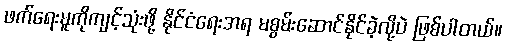
ဖက်ရေးမူကိုကျင့်သုံးဖို့ နိုင်ငံရေးအရ မစွမ်းဆောင်နိုင်ခဲ့လို့ပဲ ဖြစ်ပါတယ်။